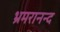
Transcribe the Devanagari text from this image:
भ्रमरानन्‍द